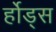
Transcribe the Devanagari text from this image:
र्होड्स